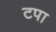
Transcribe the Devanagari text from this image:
टपा